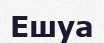
Ешуа